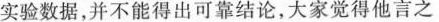
实验数据，并不能得出可靠结论，大家觉得他言之